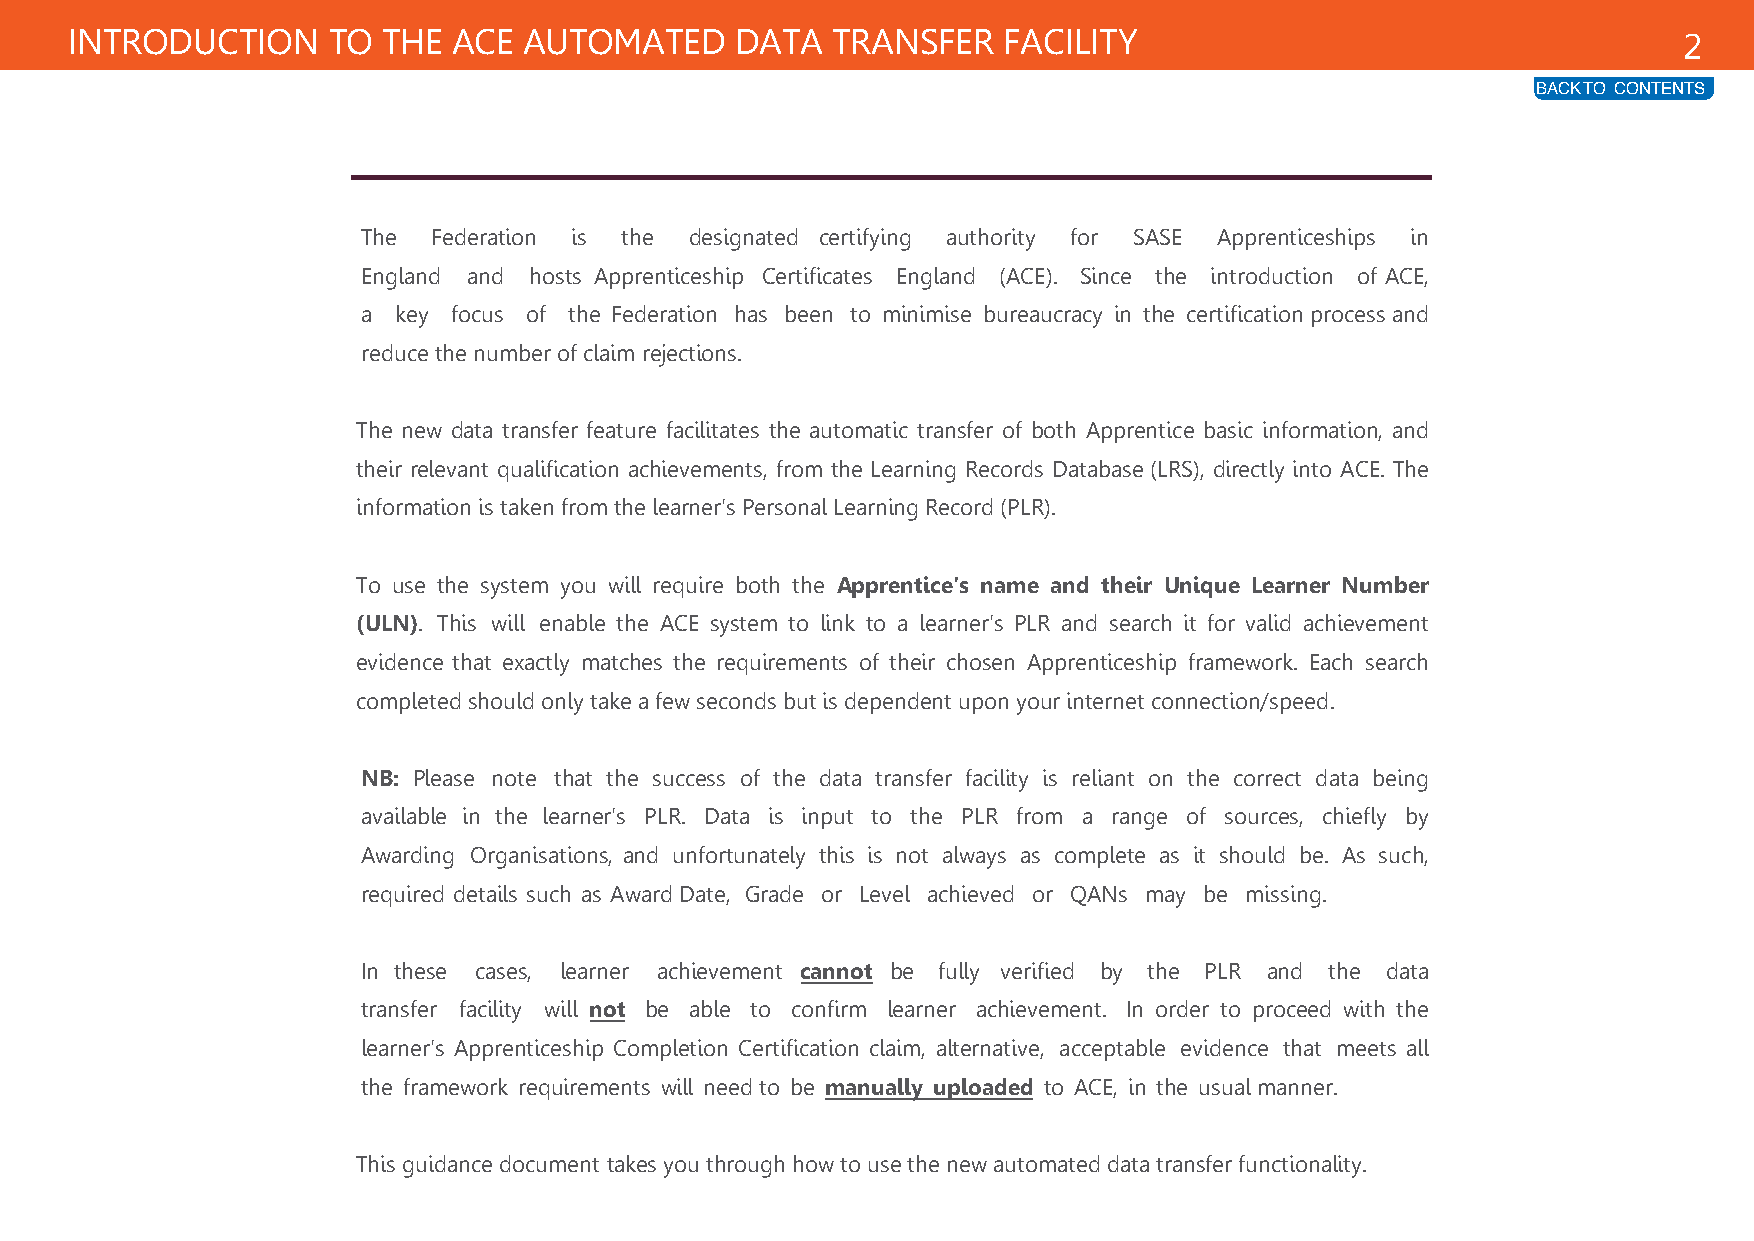
INTRODUCTION     TO THE  ACE  AUTOMATED     DATA  TRANSFER   FACILITY                                     2
 BACK TO CONTENTS
 The  Federation is the designated certifying authority for SASE Apprenticeships in
 England and hosts Apprenticeship Certificates England (ACE). Since the introduction of ACE,
 a key focus of the Federation has been to minimise bureaucracy in the certification process and
 reduce the number of claim rejections.
 The new data transfer feature facilitates the automatic transfer of both Apprentice basic information, and
 their relevant qualification achievements, from the Learning Records Database (LRS), directly into ACE. The
 information is taken from the learner's Personal Learning Record (PLR).
 To use the system you will require both the Apprentice's name and their Unique Learner Number
 (ULN). This will enable the ACE system to link to a learner's PLR and search it for valid achievement
 evidence that exactly matches the requirements of their chosen Apprenticeship framework. Each search
 completed should only take a few seconds but is dependent upon your internet connection/speed.
 NB: Please note that the success of the data transfer facility is reliant on the correct data being
 available in the learner's PLR. Data is input to the PLR from a range of sources, chiefly by
 Awarding Organisations, and unfortunately this is not always as complete as it should be. As such,
 required details such as Award Date, Grade or Level achieved or QANs may be missing.
 In these cases, learner achievement cannot be fully verified by the PLR and the data
 transfer facility will not be able to confirm learner achievement. In order to proceed with the
 learner's Apprenticeship Completion Certification claim, alternative, acceptable evidence that meets all
 the framework requirements will need to be manually uploaded to ACE, in the usual manner.
 This guidance document takes you through how to use the new automated data transfer functionality.